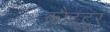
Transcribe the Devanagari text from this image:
कौट्टूर